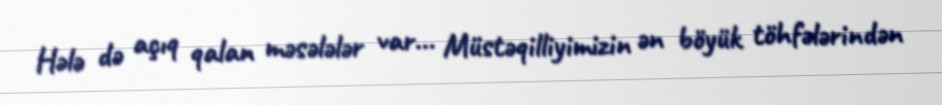
Hələ də açıq qalan məsələlər var... Müstəqilliyimizin ən böyük töhfələrindən